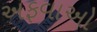
અફવાઓ